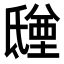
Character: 𣱑